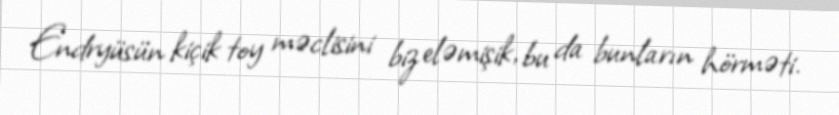
Endryüsün kiçik toy məclisini biz eləmişik, bu da bunların hörməti.